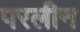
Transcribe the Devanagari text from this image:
परलीन